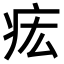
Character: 𤵄